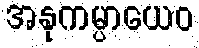
အနုကမ္ပာယေဝ